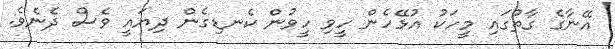
އޭނާގެ ގާތުގައި މީހަކު އުޅޭހެން ހީވި ހީވުން ކެނޑިގެން ދިޔައީ ވެސް ދެނެވެ.